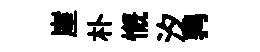
崖朴慨汐鹑